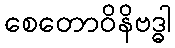
စေတောဝိနိဗဒ္ဓါ